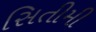
સિતીમી